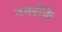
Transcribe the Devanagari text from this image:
नगरोंके